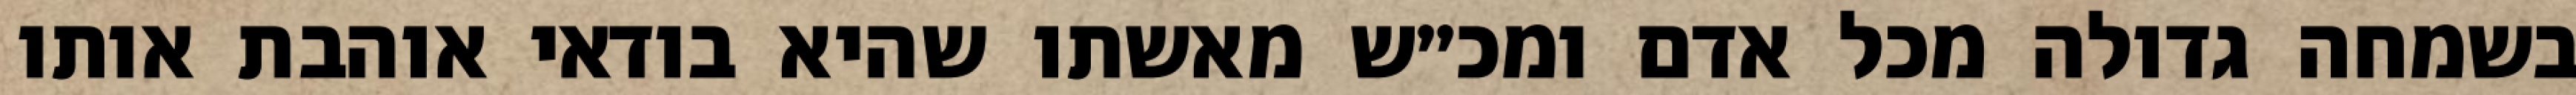
בשמחה גדולה מכל אדם ומכ״ש מאשתו שהיא בודאי אוהבת אותו